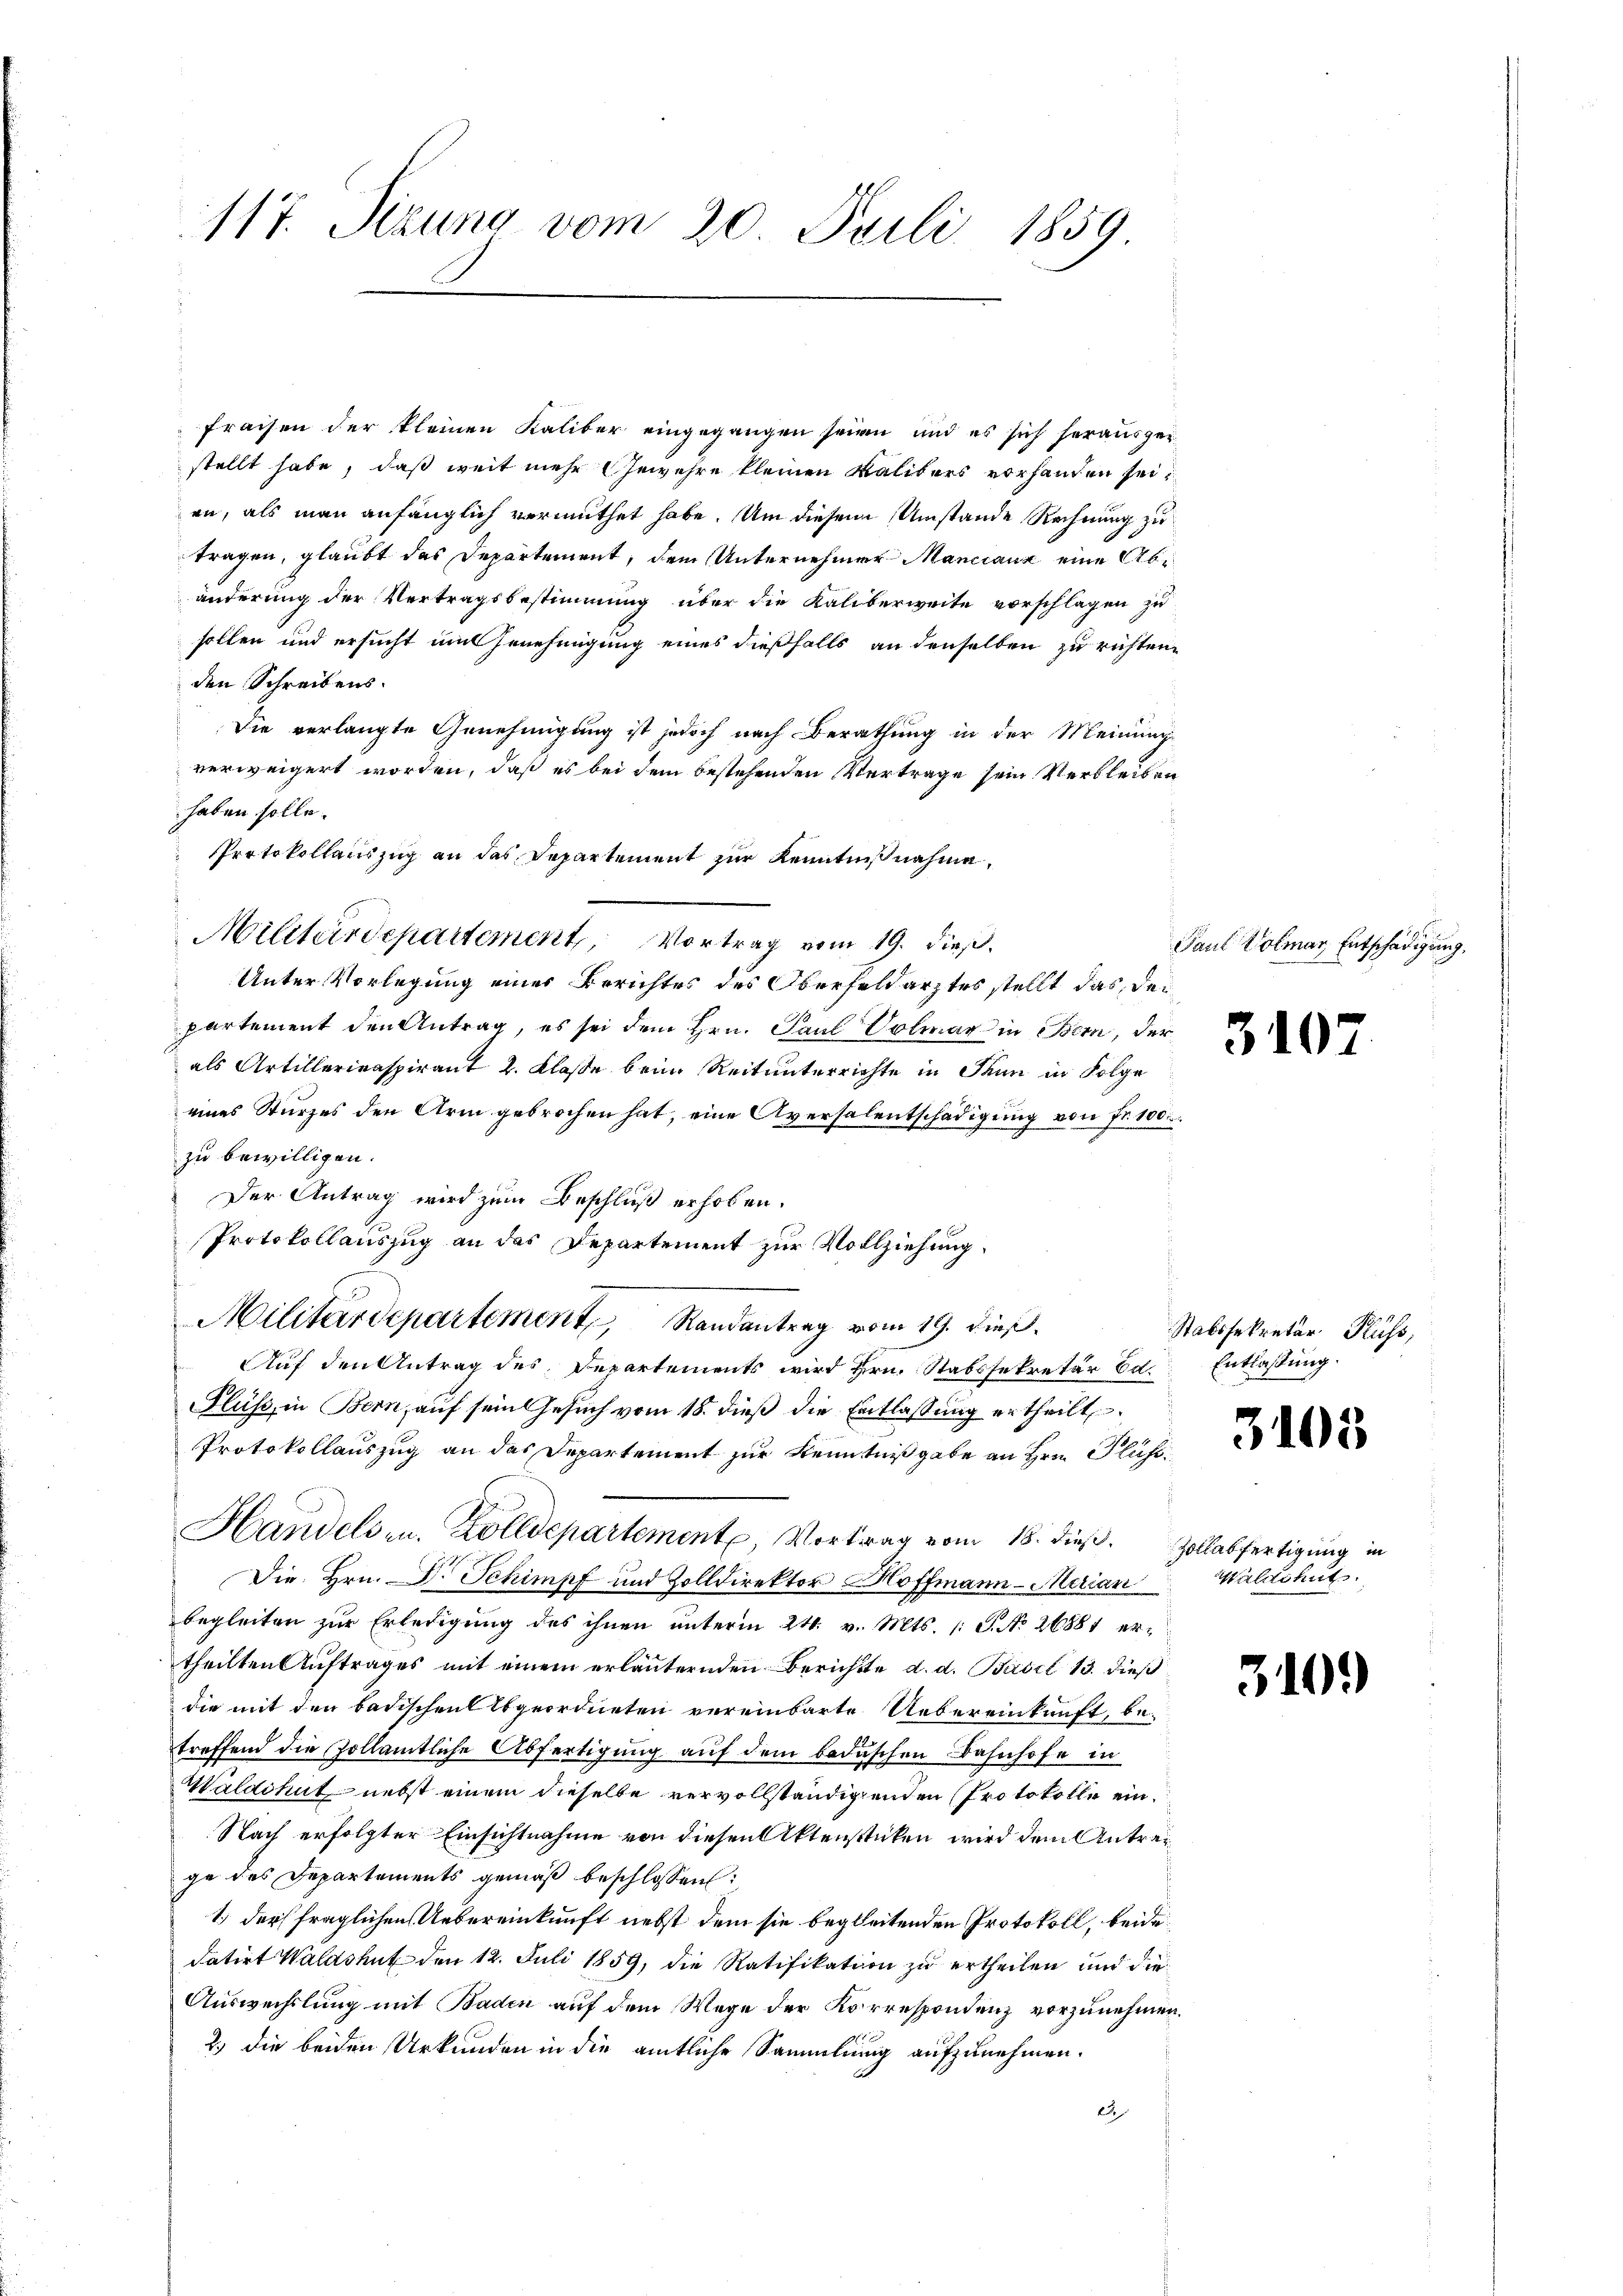
117. Sezung vom 20. Juli 1859

fraisen der kleinen Kaliber eingegangen seien und es sich herauszei
stellt habe, daß weit mehr Gewehre kleinen Kalibers vorhanden sei,
en, als man anfänglich vermuthet habe. Um diesem Umstände Rechnung zu
tragen, glaubt das Departement, dem Unternehmer Manciaux eine Abänderung der Vertragsbestimmung über die Kaliberweite vorschlagen zu
sollen und ersucht mit Genehmigung eines dießfalls an denselben zu richten,
den Schreibens.
Die verlangte Genehmigung ist jedoch nach Berathung in der Meinung
verweigert worden, daß es bei dem bestehenden Vertrage sein Verbleiben
haben solle.
Protokollauszug an das Departement zur Kenntnißnahme,
Militärdepartement, Vortrag vom 19. dieß.
Unter Vorlegung einer Berichtes des Oberfeldarztes stellt das, der
partement den Antrag, es sei dem Hrn. Paul Solmar in Bern, der
als Artillerienspirant 2. Klaße beim Reitunterrichte in Thun in Folge
eines Sturzes den Arm gebrochen hat, eine Aversalentschädigung von Fr. 100
zu bewilligen.
Der Antrag wird zum Beschluß erhoben.
Protokollauszug an das Departement zur Vollziehung
Militärdepartement, Randantrag vom 19. dieß.
Auf den Antrag des Departements wird Hrn. Stabssekretär Bd.
Fluss, in Bern, auf sein Gesuch vom 18. dieß die Entlassung ertheilt.
Protokollauszug an das Departement zur Kenntnißgabe an Hrn. Plafo¬
Handelsen. Zolldepartement, Vortrag vom 18. dieß. Zollabfertigung in
Die Hrn. Dr. Schimpf und Zolldirektor Hoffmann - Merian
begleiten zur Erledigung des ihnen unterm 24. v. Mts. (: S. No. 26881 ertheilten Auftrages mit einem erläuternden Berichtte d. d. Basel 13. dieß
die mit den Badischen Abgeordneten vereinbarte Uebereinkunft, be-
treffend die Zollamtliche Abfertigung auf dem badischen Bahnhofe in
Waldshut nebst einem dieselbe vervollständigenden Protokolle ein
Nach erfolgter Einsichtnahme von diesen Aktenstücken wird dem Antrage des Departements gemäß beschlossen:
1.) der fraglichen Uebereinkunft nebst dem sie begleitenden Protokoll, beide
datirt Waldshut den 12. Juli 1859, die Ratifikation zu ertheilen und die
Auswechslung mit Baden auf dem Wege der Korrespondenz vorzunehmen.
2.) Die beiden Urkunden in die amtliche Sammlung aufzunehmen.
2

Paul Volmar Entschädigung,

3107

Stabssekretär Fluss,
Entlaßung.

3105

Waldshut.

310.